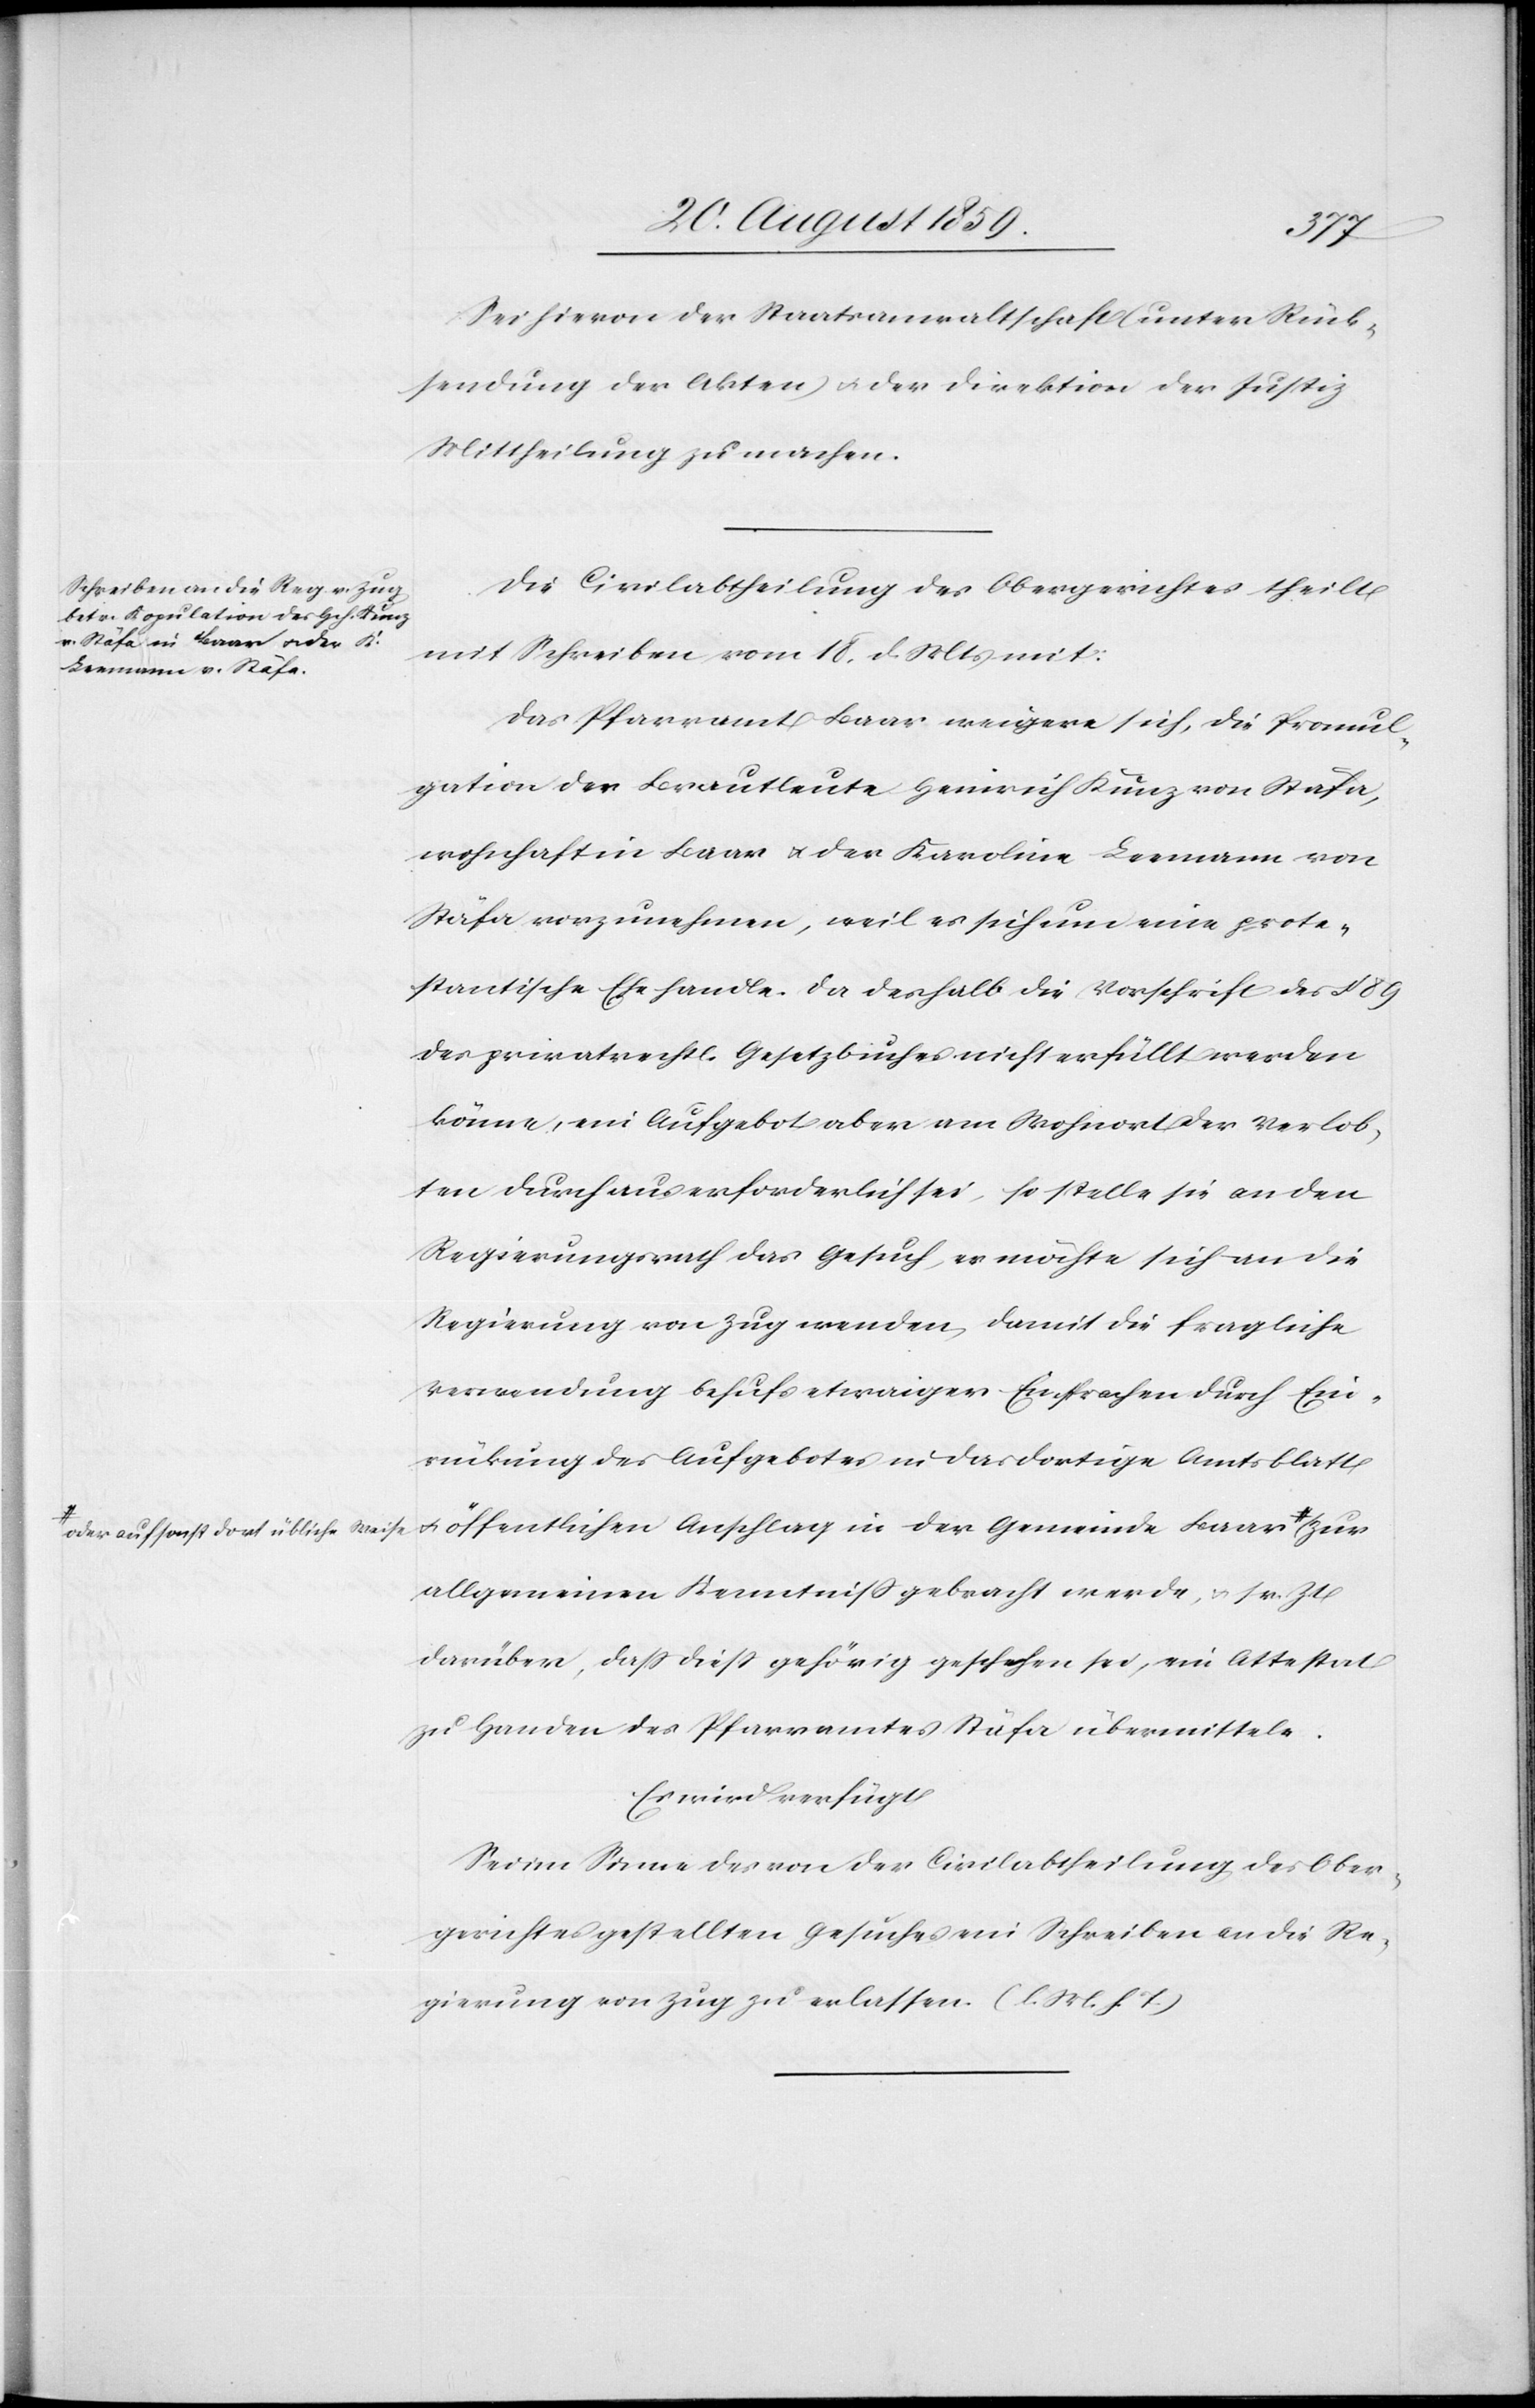
a-oder auf sonst dort übliche Weis¬

e-a
Sei hievon der Staatsanwaltschaft (unter Rück¬
sendung der Akten) & der Direktion der Justiz
Mittheilung zu machen.
Die Civilabtheilung des Obergerichtes theilt
mit Schreiben vom 18. d. Mts. mit:
Das Pfarramt Baar weigere sich, die Promul¬
gation der Brautleute Heinrich Kunz von Stäfa,
wohnhaft in Baar & der Karoline Leemann von
Stäfa vorzunehmen, weil es sich um eine prote¬
stantische Ehe handle. Da deshalb die Vorschrift des § 89
des privatrechtl. Gesetzbuches nicht erfüllt werden
könne, ein Aufgebot aber am Wohnort der Verlob¬
ten durchaus erforderlich sei, so stelle sie an den
Regierungsrath das Gesuch, es möchte sich an die
Regierung von Zug wenden, damit die fragliche
Verwendung behufs etwaiger Einsprachen durch Ein¬
rückung des Aufgebotes in das dortige Amtsblatt
& öffentlichen Anschlag in der Gemeinde Baar
allgemeinen Kenntniß gebracht werde, & sr. Zt.
darüber, daß dieß gehörig geschehen sei, ein Attestat
zu Handen des Pfarramtes Stäfa übermittele.
Es wird verfügt
Sei im Sinne des von der Civilabtheilung des Ober¬
gerichtes gestellten Gesuches ein Schreiben an die Re¬
gierung von Zug zu erlassen (l. M. h. T.)